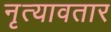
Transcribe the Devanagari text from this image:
नृत्यावतार